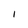
Character: I